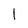
Character: 1